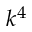
k ^ { 4 }